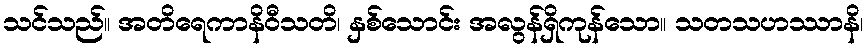
သင်သည်။ အတိရေကာနိဝီသတိ၊ နှစ်သောင်း အလွန်ရှိကုန်သော။ သတသဟဿာနိ၊